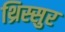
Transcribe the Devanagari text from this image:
थ्रिस्सुर